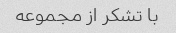
با تشکر از مجموعه